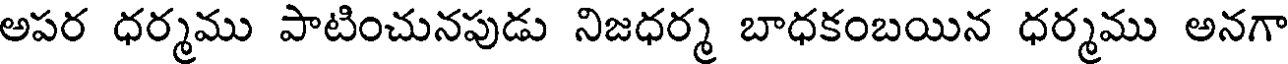
అపర ధర్మము పాటించునపుడు నిజధర్మ బాధకంబయిన ధర్మము అనగా